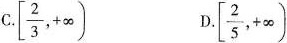
C.[\frac{2}{3}， +\infty) D.[\frac{2}{5}， +\infty)